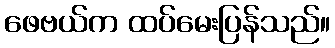
ဖေဗယ်က ထပ်မေးပြန်သည်။